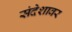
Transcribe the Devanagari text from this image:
संदेशावर